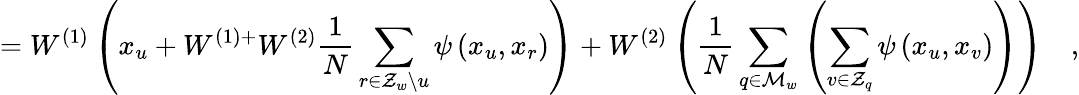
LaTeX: =W^{(1)}\left(x_{u}+W^{(1)+}W^{(2)}\frac{1}{N}\sum_{r\in\mathcal{Z}_{w}\backslash u}\psi\left(x_{u},x_{r}\right)\right)+W^{(2)}\left(\frac{1}{N}\sum_{q\in\mathcal{M}_{w}}\left(\sum_{v\in\mathcal{Z}_{q}}\psi\left(x_{u},x_{v}\right)\right)\right)\quad,